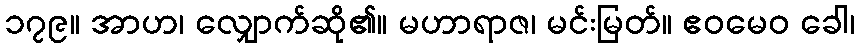
၁၇၉။ အာဟ၊ လျှောက်ဆို၏။ မဟာရာဇ၊ မင်းမြတ်။ ဧဝမေဝ ခေါ၊